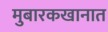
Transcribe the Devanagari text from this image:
मुबारकखानात